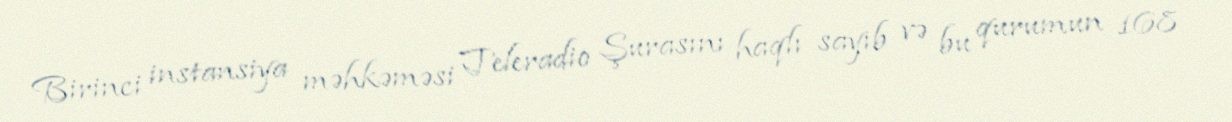
Birinci instansiya məhkəməsi Teleradio Şurasını haqlı sayıb və bu qurumun 168